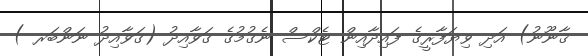
ޤާނޫނު) އަދި ވިޔަފާރީގެ ފައިދާއިން ޓެކްސް ނެގުމުގެ ގަވާއިދު (ގަވާއިދު ނަންބަރ )